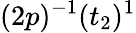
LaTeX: (2p)^{-1}(t_{2})^{1}